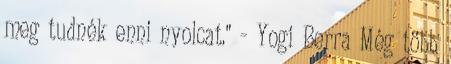
meg tudnék enni nyolcat." - Yogi Berra Még több